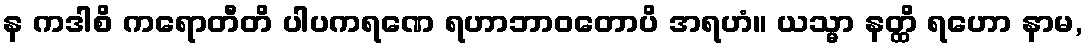
န ကဒါစိ ကရောတီတိ ပါပကရဏေ ရဟာဘာဝတောပိ အရဟံ။ ယသ္မာ နတ္ထိ ရဟော နာမ,